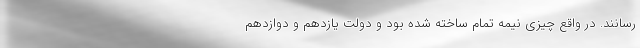
رسانند. در واقع چیزی نیمه تمام ساخته شده بود و دولت یازدهم و دوازدهم